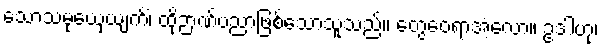
သောသံမုယှေယျကိံ၊ ထိုဉာဏ်ပညာဖြစ်သောသူသည်။ တွေဝေရာအံ့လော။ ဥဒါဟု၊